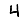
Digit: 4